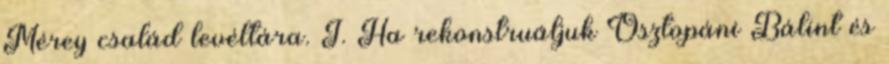
Mérey család levéltára. I. Ha rekonstruáljuk Osztopáni Bálint és